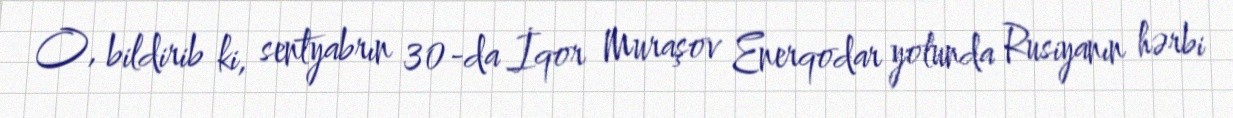
O, bildirib ki, sentyabrın 30-da İqor Muraşov Enerqodar yolunda Rusiyanın hərbi